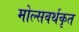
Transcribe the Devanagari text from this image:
मोल्सवर्थकृत